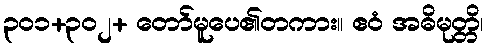
၃၀၁+၃၀၂+ တော်မူပေ၏တကား။ ဧဝံ အဓိမုတ္တိ၊